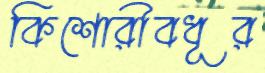
কিশোরীবধূর